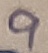
Text: 9